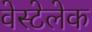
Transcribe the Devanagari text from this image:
वेस्टेलेक